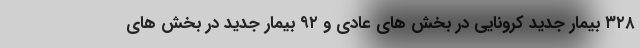
۳۲۸ بیمار جدید کرونایی در بخش های عادی و ۹۲ بیمار جدید در بخش های